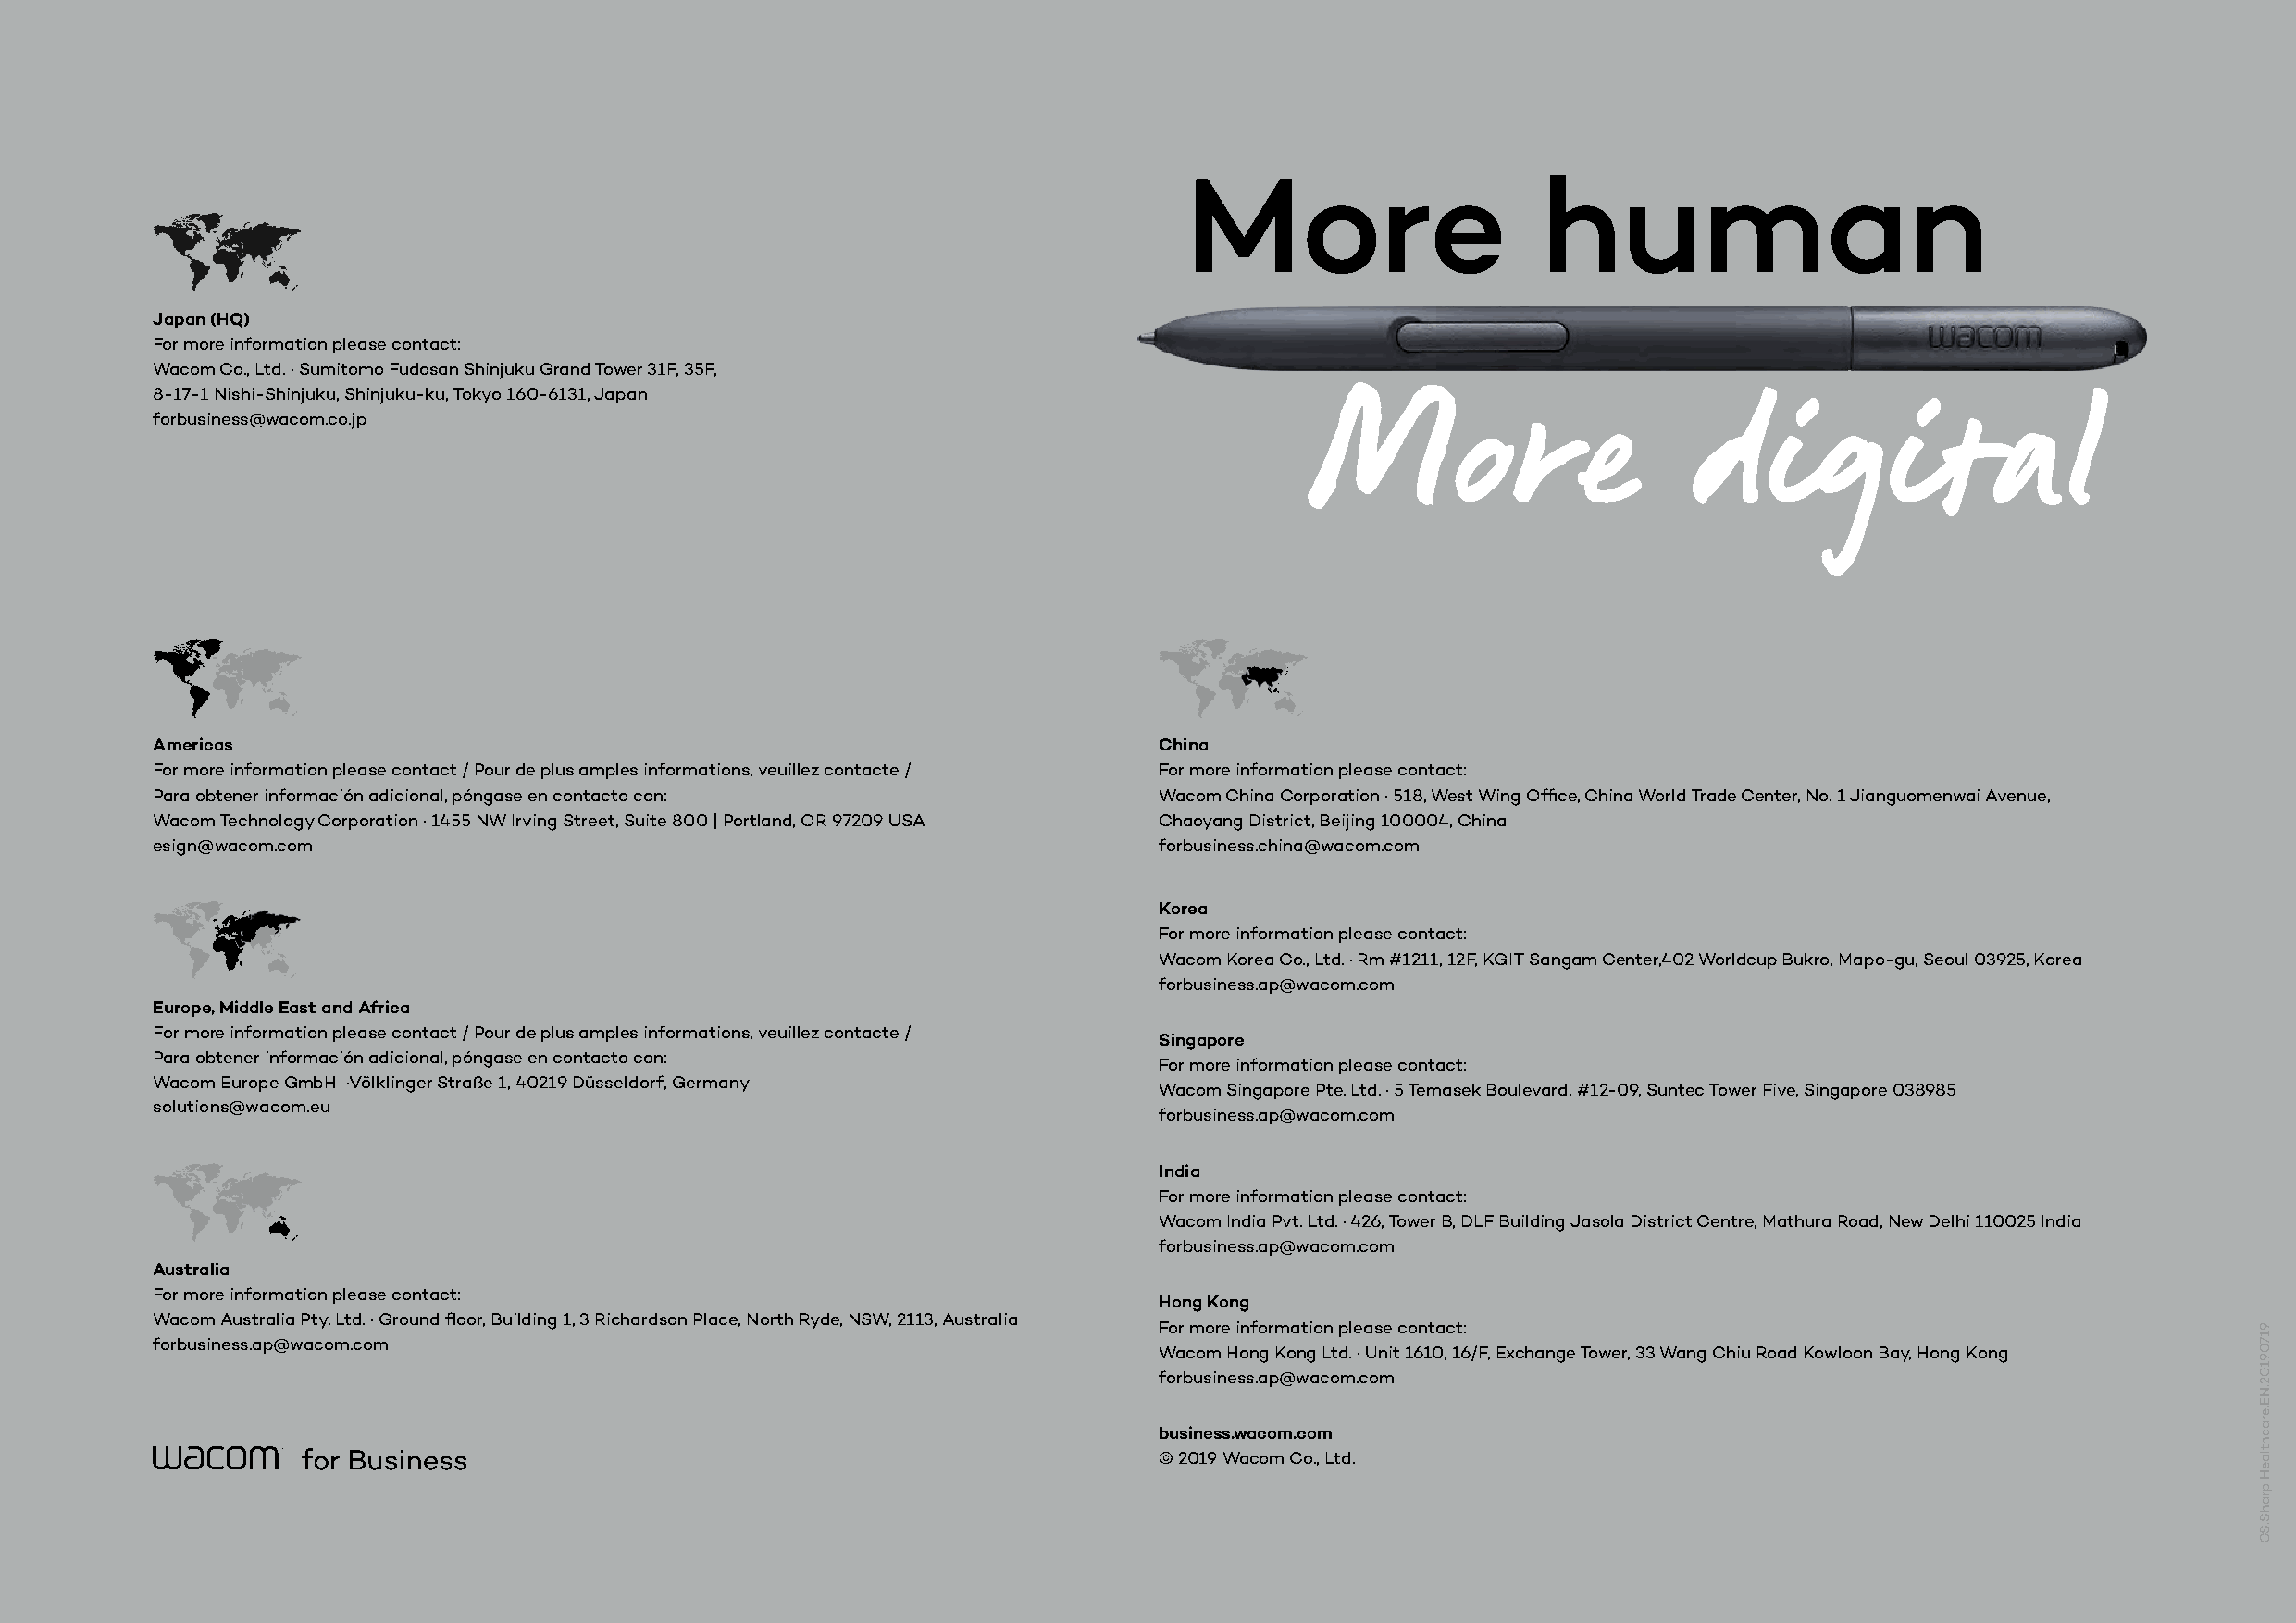
More                     human
 Japan (HQ)
 For more information please contact:
 Wacom Co., Ltd. · Sumitomo Fudosan Shinjuku Grand Tower 31F, 35F,
 8-17-1 Nishi-Shinjuku, Shinjuku-ku, Tokyo 160-6131, Japan
 forbusiness@wacom.co.jp
 More                       digital
 Americas                                                                China
 For more information please contact / Pour de plus amples informations, veuillez contacte / For more information please contact:
 Para obtener información adicional, póngase en contacto con:            Wacom China Corporation · 518, West Wing Office, China World Trade Center, No. 1 Jianguomenwai Avenue,
 Wacom Technology Corporation · 1455 NW Irving Street, Suite 800 | Portland, OR 97209 USA Chaoyang District, Beijing 100004, China
 esign@wacom.com                                                         forbusiness.china@wacom.com
 Korea
 For more information please contact:
 Wacom Korea Co., Ltd. · Rm #1211, 12F, KGIT Sangam Center,402 Worldcup Bukro, Mapo-gu, Seoul 03925, Korea
 forbusiness.ap@wacom.com
 Europe, Middle East and Africa
 For more information please contact / Pour de plus amples informations, veuillez contacte /
 Singapore
 Para obtener información adicional, póngase en contacto con:
 For more information please contact:
 Wacom Europe GmbH ·Völklinger Straße 1, 40219 Düsseldorf, Germany
 Wacom Singapore Pte. Ltd. · 5 Temasek Boulevard, #12-09, Suntec Tower Five, Singapore 038985
 solutions@wacom.eu
 forbusiness.ap@wacom.com
 India
 For more information please contact:
 Wacom India Pvt. Ltd. · 426, Tower B, DLF Building Jasola District Centre, Mathura Road, New Delhi 110025 India
 forbusiness.ap@wacom.com
 Australia
 For more information please contact:
 Hong Kong
 Wacom Australia Pty. Ltd. · Ground floor, Building 1, 3 Richardson Place, North Ryde, NSW, 2113, Australia
 For more information please contact:
 forbusiness.ap@wacom.com
 Wacom Hong Kong Ltd. · Unit 1610, 16/F, Exchange Tower, 33 Wang Chiu Road Kowloon Bay, Hong Kong
 forbusiness.ap@wacom.com
 business.wacom.com
 © 2019 Wacom Co., Ltd.
 91709102.NE.erachtlaeH
 prahS.SC